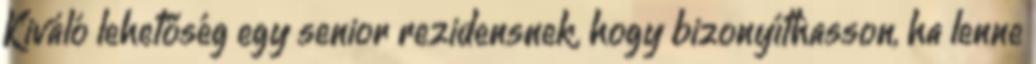
Kiváló lehetőség egy senior rezidensnek, hogy bizonyíthasson, ha lenne